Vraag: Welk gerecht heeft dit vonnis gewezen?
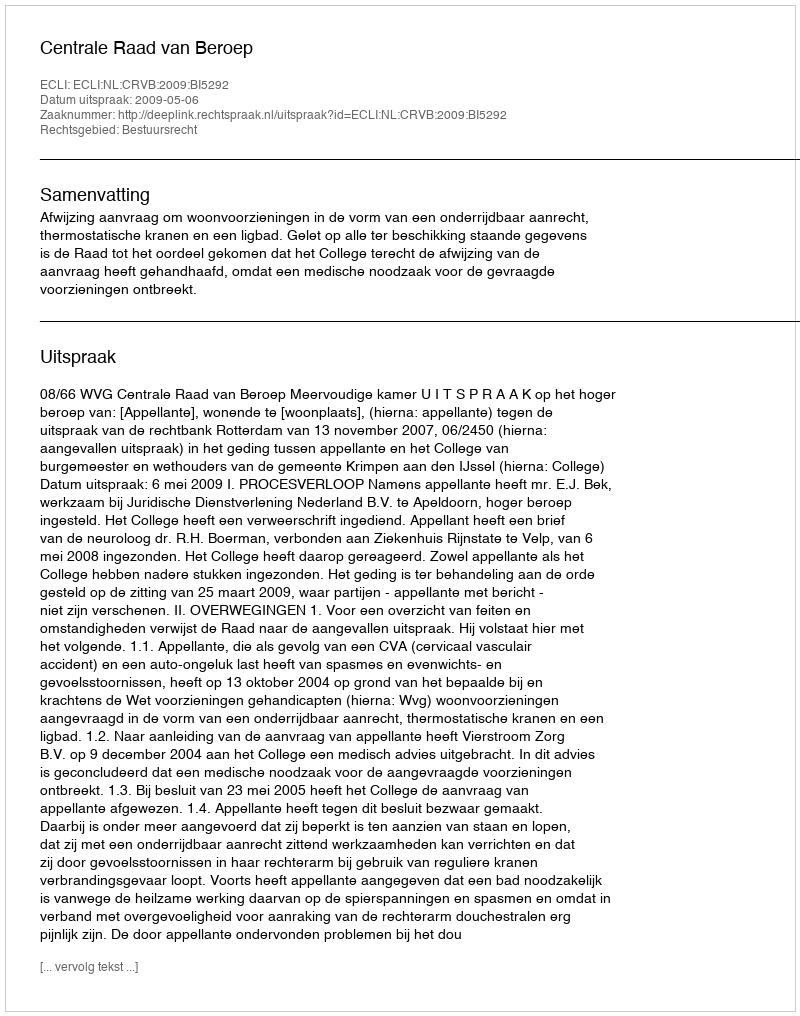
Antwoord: Centrale Raad van Beroep